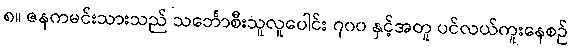
၈။ ဇနကမင်းသားသည် သင်္ဘောစီးသူလူပေါင်း ၇၀၀ နှင့်အတူ ပင်လယ်ကူးနေစဉ်